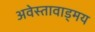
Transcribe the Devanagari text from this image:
अवेस्तावाड्मय